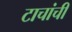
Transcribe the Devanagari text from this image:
टाचांची